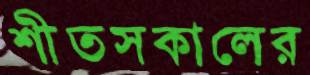
শীতসকালের